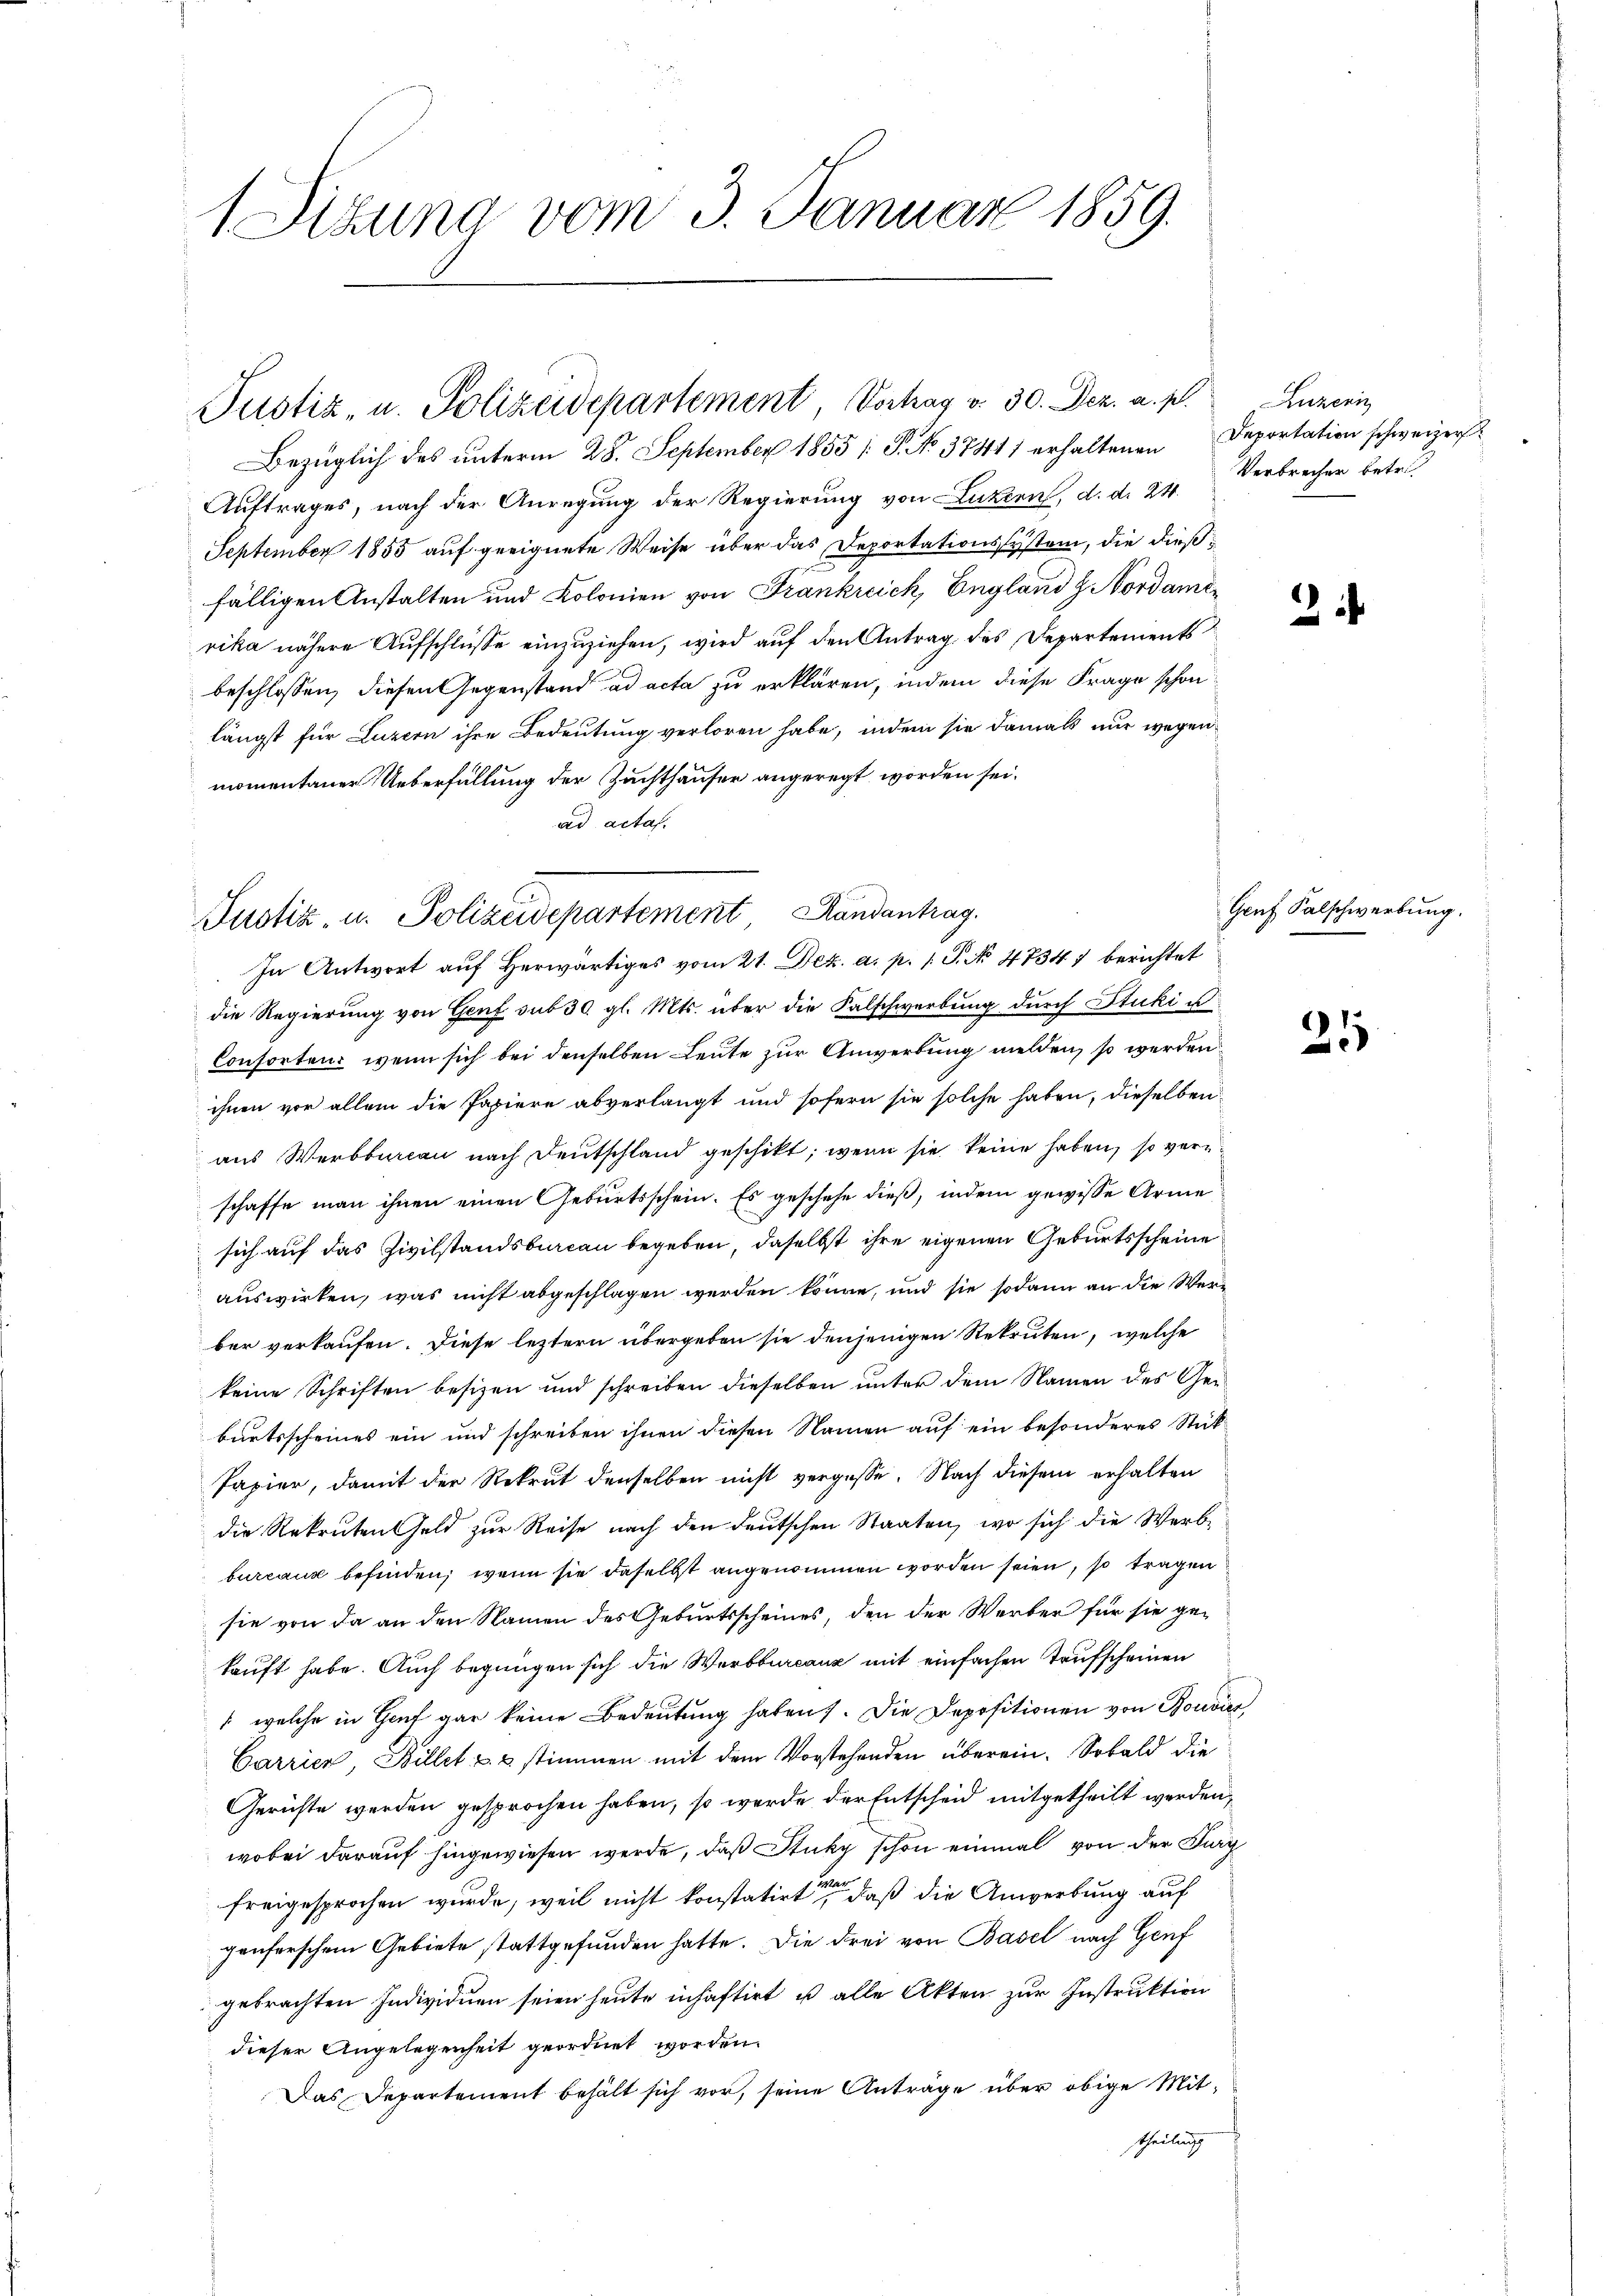
1 Sizung vom 3. Januar 1859.

Justiz- u. Polizeidepartement Vortrag v. 30. Dez. a. p. Luzern

Bezüglich des unterm 28. September 1855 [ P. No. 37411 erhaltenen Deportation schweizer
Auftrages, nach der Anregung der Regierung von Luzern, d. d. 24.
September 1855 auf geeignete Weise über das Deportationssystem, die dießfälligen Anstalten und Kolonien von Frankreich, England z. Nordamerika nähere Aufschlüsse einzuziehen, wird auf den Antrag des Departements
beschlossen, diesen Gegenstand ad acta zu erklären, indem diese Frage schon
längst für Luzern ihre Bedeutung verloren habe, indem sie damals nur wegen
momentaner Ueberfüllung der Zuchthauser angeregt worden sei.
ad acta.

Justiz- u. Polizeidepartement Handantrag.

In Antwort auf herwärtiges vom 21. Dez. a. p. 1 S. No 47347 berichtet
die Regierung von Genf sub 30. gl. Mts. über die Falschwerbung durch Stucki u.
Consorten, wenn sich bei denselben Leute zur Anwerbung melden, so werden
ihnen vor allem die Papiere abverlangt und sofern sie solche haben, dieselben
aus Werbbureau nach Deutschland geschikt, wenn sie keine haben, so verschaffe man ihnen einen Geburtsschein. Es geschehe dieß, indem gewisse Arme
sich auf das Zivilstandsbureau begeben, daselbst ihre eigenen Geburtsscheine
auswirken, was nicht abgeschlagen werden könne, und sie sodann an die Werber verkaufen. Diese leztern übergeben sie denjenigen Rekruten, welche
keine Schriften besizen und schreiben dieselben unter dem Namen des Geburtsscheines ein und schreiben ihnen diesen Namen auf ein besonderes Stück
Papier, damit der Rekrut denselben nicht vergesse. Nach diesem erhalten
die Rekruten Geld zur Reise nach den deutschen Staaten, wo sich die Werbbureaux befinden, wenn sie daselbst angenommen worden seien, so tragen
sie von da an den Namen des Geburtsscheines, den der Werber für sie gekauft habe. Auch begnügen sich die Werbburcanz mit einfachen Taufscheinen
 welche in Hof gar keine Bedeutung haben. Die Depositionen von Bouvies
Carrier, Billet u. 2 stimmen mit dem Vorstehenden überein. Sobald die
Gerichte werden gesprochen haben, so werde der Entscheid mitgetheilt werden,
wobei darauf hingewiesen werde, daß Stück schon einmal von der Furg
freigesprochen wurde, weil nicht konstatirte, daß die Anwerbung auf
genferschen Gebiete stattgefunden hatte. Die drei von Basel nach Genf
gebrachten Individuen seien heute inhaftirt u alle Akten zur Instruktion
dieser Angelegenheit geordnet worden.
Das Departement behält sich vor, seine Anträge über obige Mittheilung

Verbrecher betr.

2

Genf Falschwerbung.

21